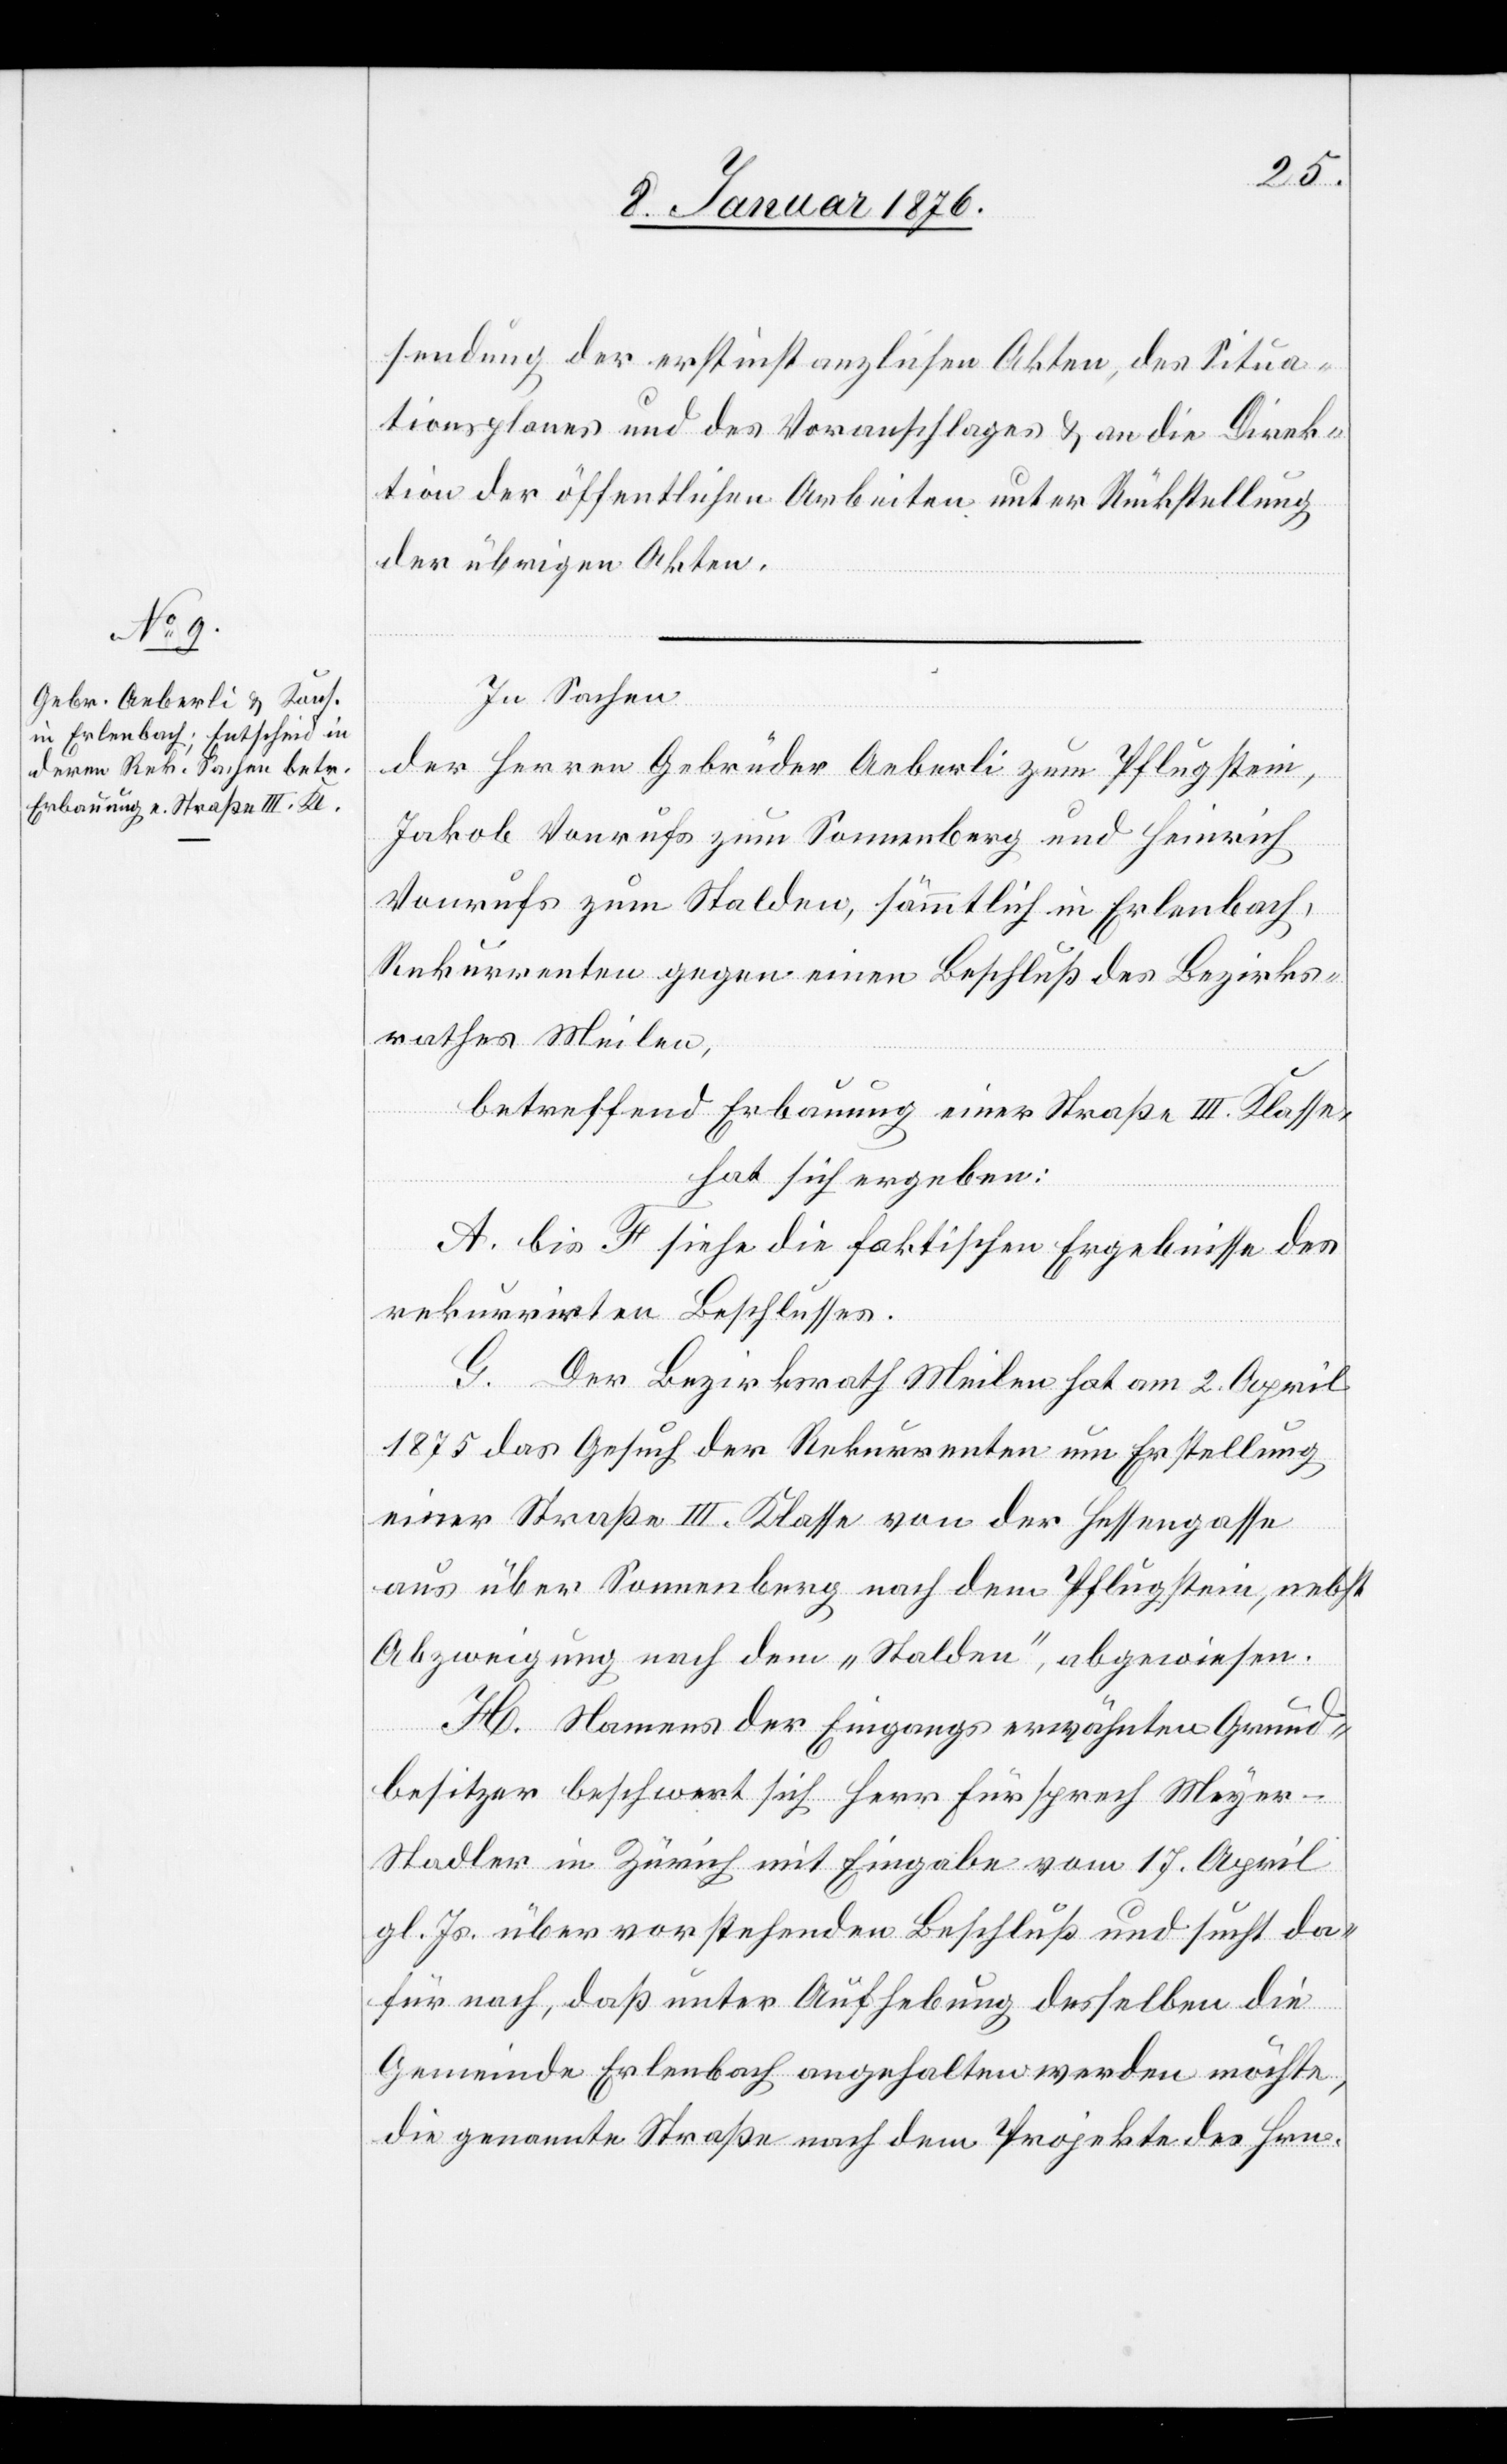
sendung der erstinstanzlichen Akten, des Situa¬
tionsplanes und des Voranschlages u. an die Direk¬
tion der öffentlichen Arbeiten unter Rückstellung
der übrigen Akten.
In Sachen
der Herren Gebrüder Aeberli zum Pflugstein,
Jakob Vonrufs zum Sonnenberg und Heinrich
Vonrufs zum Stalden, sämmtlich in Erlenbach,
Rekurrenten gegen einen Beschluß des Bezirks¬
rathes Meilen,
betreffend Erbauung einer Straße III. Klasse,
hat sich ergeben:
A. bis F siehe die faktischen Ergebnisse des
rekurrirten Beschlusses.
G. Der Bezirksrath Meilen hat am 2. April
1875 das Gesuch der Rekurrenten um Erstellung
einer Straße III. Klasse von der Hessengasse
aus über Sonnenberg nach dem Pflugstein, nebst
Abzweigung nach dem „Stalden“, abgewiesen.
H. Namens der Eingangs erwähnten Grund¬
besitzer beschwert sich Herr Fürsprech Meyer-S¬
tadler in Zürich mit Eingabe vom 17. April
gl. Js. über vorstehenden Beschluß und sucht da¬
für nach, daß unter Aufhebung desselben die
Gemeinde Erlenbach angehalten werden möchte,
die genannte Straße nach dem Projekte des Hrn.